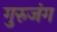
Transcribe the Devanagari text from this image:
गुरुजंग